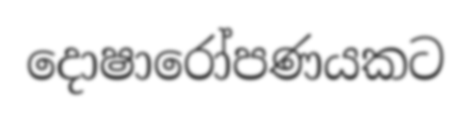
දොෂාරෝපණයකට